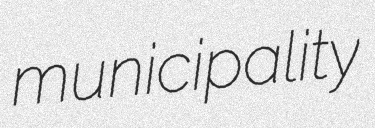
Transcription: municipality